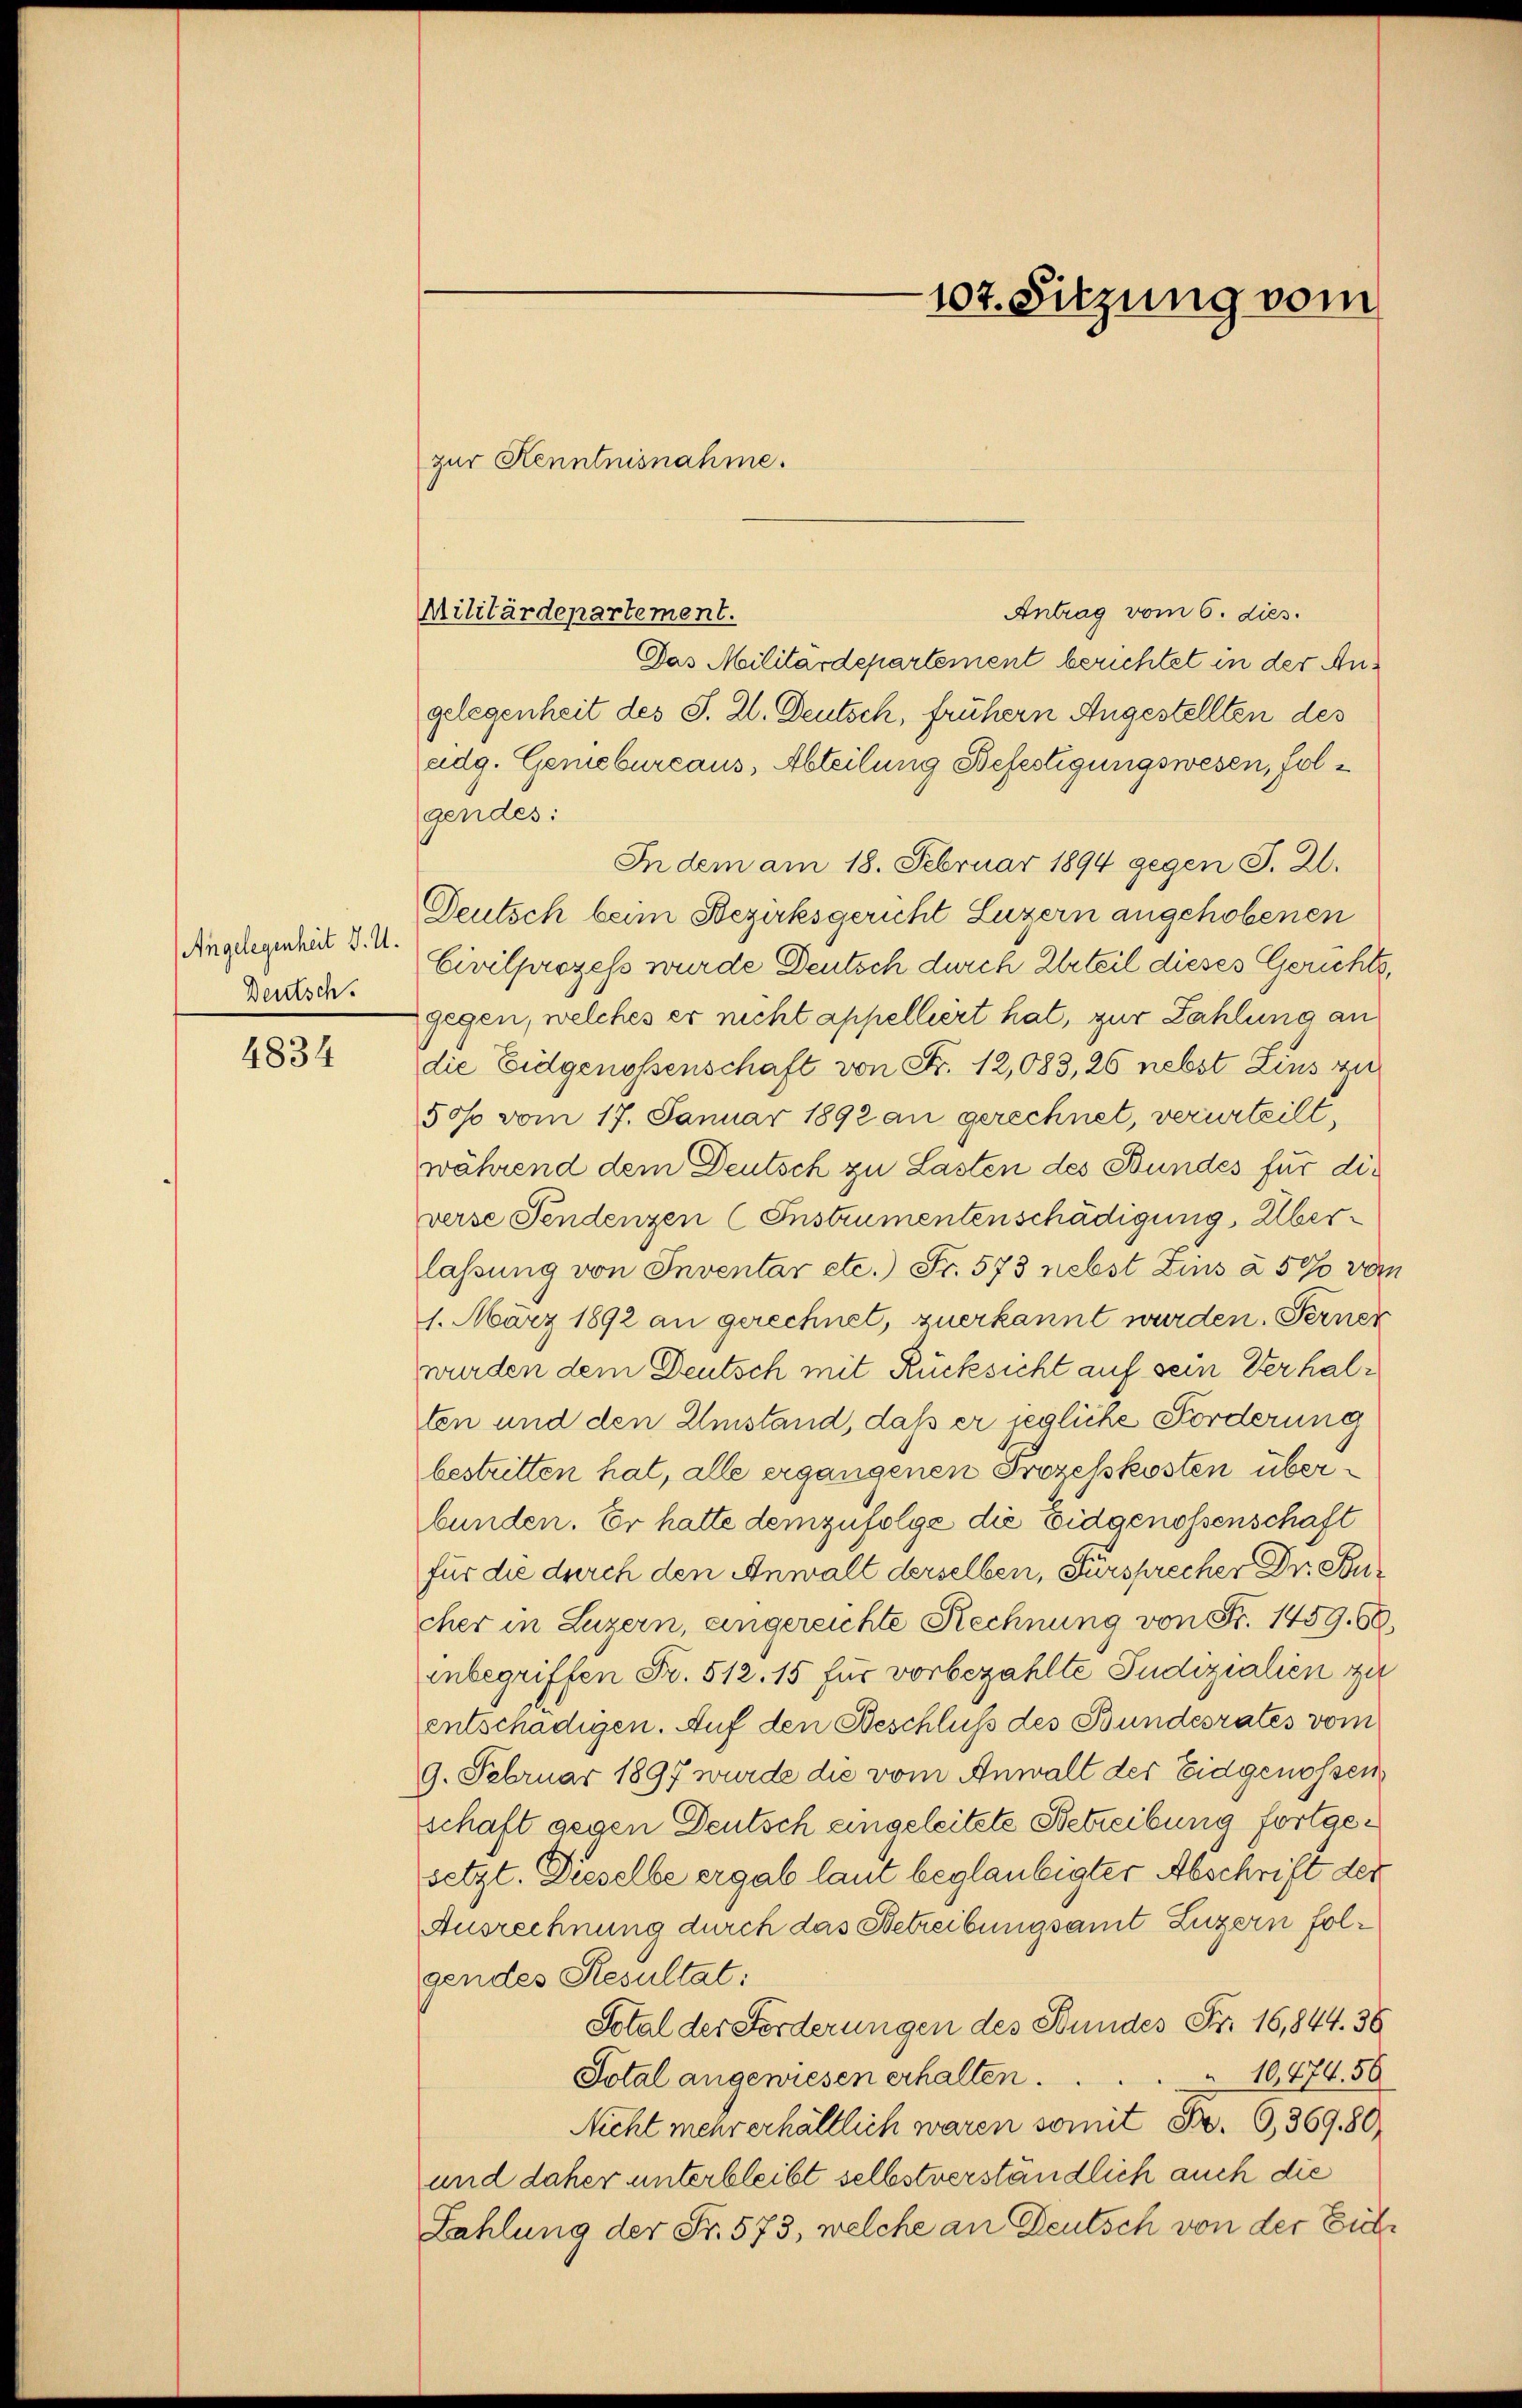
Angelegenheit J. M.
Deutsch.

4834

Antrag vom 6. dies.
Das Militärdepartement berichtet in der Angelegenheit des S. Zl. Deutsch, frühern Angestellten des
adg. Gemebureaus, Abteilung Befestigungswesen, folgendes:
In dem am 18. Februar 1894 gegen S. Zl.
Deutsch beim Bezirksgericht Luzern angehobenen
Civilprozess wurde Deutsch durch Urteil dieses Gerichtsgegen, welches er nicht appelliert hat, zur Zahlung an
die Eidgenossenschaft von Fr. 12,083, 26 nebst Zins zu
50% vom 17. Januar 1892 an gerechnet, verurteilt,
während dem Deutsch zu Lasten des Bundes für die
verse Pendenzen (Instrumenten schädigung, Überlassung von Inventar etc.) Fr. 573 nebst Zins à 50 vom
1. März 1892 an gerechnet, zuerkannt wurden. Ferner
wurden dem Deutsch mit Rücksicht auf sein Verhalten und den Umstand, daß er jegliche Forderung
bestritten hat, alle ergangenen Prozesskosten überbunden. Er hatte demzufolge die Eidgenossenschaft
für die durch den Anwalt derselben, Fürsprecher Dr. Bucher in Luzern, angereichte Rechnung von Fr. 1459. 60.
unbegriffen Fr. 512. 15 für vorbezahlte Sudizialien zu
entschädigen. Auf den Beschluß des Bundesrates vom
9. Februar 1897 wurde die vom Anwalt der Eidgenossen
schaft gegen Deutsch eingeleitete Betreibung fortgesetzt. Dieselbe ergab laut beglaubigter Abschrift der
Ausrechnung durch das Betreibungsamt Luzern folgendes Resultat:
Sotal der Forderungen des Stundes Fr. 16,844. 36
10,474. 56
Total angewiesen erhalten.
Nicht mehr erhältlich waren somit Fr. G,36980,
und daher unterbleibt selbstverständlich auch die
Zahlung der Fr. 573, welche an Deutsch von der Eich¬

zur Kenntnisnahme.

Militärdepartement.

107. Sitzung vom